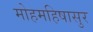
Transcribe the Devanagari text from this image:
मोहमहिषासुर